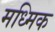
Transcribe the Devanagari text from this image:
मध्मिक